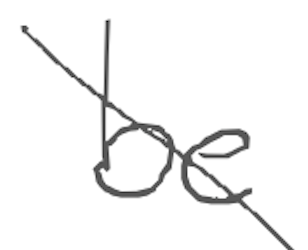
Text: be
Cross-out: diagonal
Writing tool: digital_gray